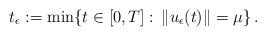
LaTeX: \begin{align*}t_\epsilon:=\min\{t\in[0,T]:\, \|u_\epsilon(t)\|=\mu\}\,.\end{align*}